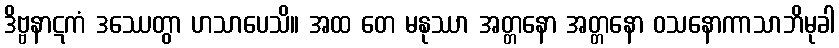
ဒိဗ္ဗနာဋကံ ဒဿေတွာ ဟသာပေသိ။ အထ တေ မနုဿာ အတ္တနော အတ္တနော ဝသနောကာသာဘိမုခါ